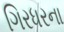
ગિરધરના